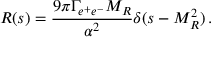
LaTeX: R ( s ) = \frac { 9 \pi \Gamma _ { e ^ { + } e ^ { - } } M _ { R } } { \alpha ^ { 2 } } \delta ( s - M _ { R } ^ { 2 } ) \, .